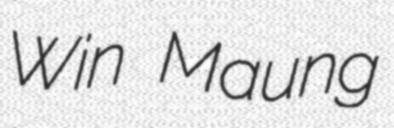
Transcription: Win Maung